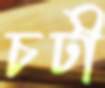
চটী